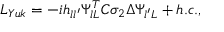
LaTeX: { \cal L } _ { Y u k } = - i h _ { l l ^ { \prime } } \Psi _ { l L } ^ { T } C \sigma _ { 2 } \Delta \Psi _ { l ^ { \prime } L } + { h . c . } ,